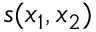
s ( x _ { 1 } , x _ { 2 } )